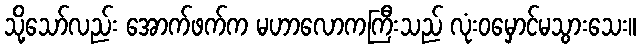
သို့သော်လည်း အောက်ဖက်က မဟာလောကကြီးသည် လုံးဝမှောင်မသွားသေး။